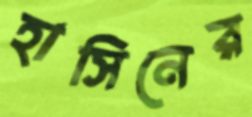
হাসিনের